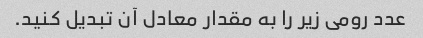
عدد رومی زیر را به مقدار معادل آن تبدیل کنید.